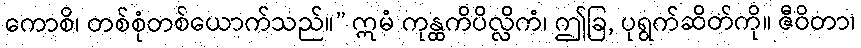
ကောစိ၊ တစ်စုံတစ်ယောက်သည်။” ဣမံ ကုန္ထကိပိလ္လိကံ၊ ဤခြ, ပုရွက်ဆိတ်ကို။ ဇီဝိတာ၊